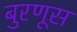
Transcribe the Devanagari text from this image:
बुरणूस